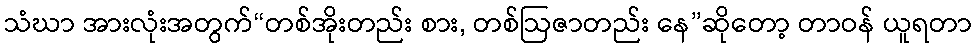
သံဃာ အားလုံးအတွက်“တစ်အိုးတည်း စား, တစ်ဩဇာတည်း နေ”ဆိုတော့ တာဝန် ယူရတာ